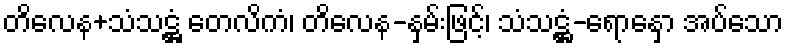
တိလေန+သံသဋ္ဌံ တေလိကံ၊ တိလေန-နှမ်းဖြင့်၊ သံသဋ္ဌံ-ရောနှော အပ်သော